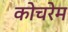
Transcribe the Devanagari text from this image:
कोचरेम